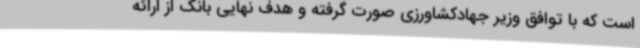
است که با توافق وزیر جهادکشاورزی صورت گرفته و هدف نهایی بانک از ارائه